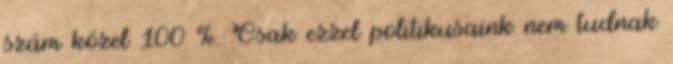
szám közel 100 %. Csak ezzel politikusaink nem tudnak